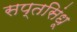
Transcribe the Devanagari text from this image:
सप्तसिंधू